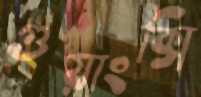
গুয়াংক্সি